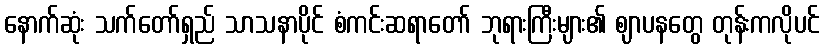
နောက်ဆုံး သက်တော်ရှည် သာသနာပိုင် စံကင်းဆရာတော် ဘုရားကြီးများ၏ ဈာပနတွေ တုန်းကလိုပင်